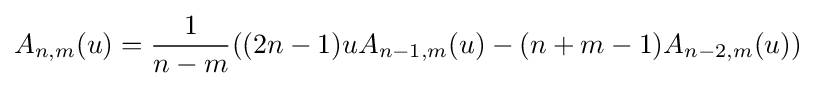
A_{n,m}(u)={\frac {1}{n-m}}((2n-1)uA_{n-1,m}(u)-(n+m-1)A_{n-2,m}(u))